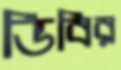
ডিবির